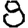
Digit: 8